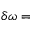
\delta \omega =